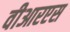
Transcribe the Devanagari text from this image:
वीआरएस